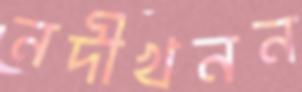
নদীখনন